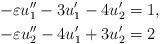
LaTeX: \begin{align*} -\varepsilon u_1''-3u_1'-4u_2' &=1 ,\\ -\varepsilon u_2''-4u_1'+3u_2'&=2\end{align*}